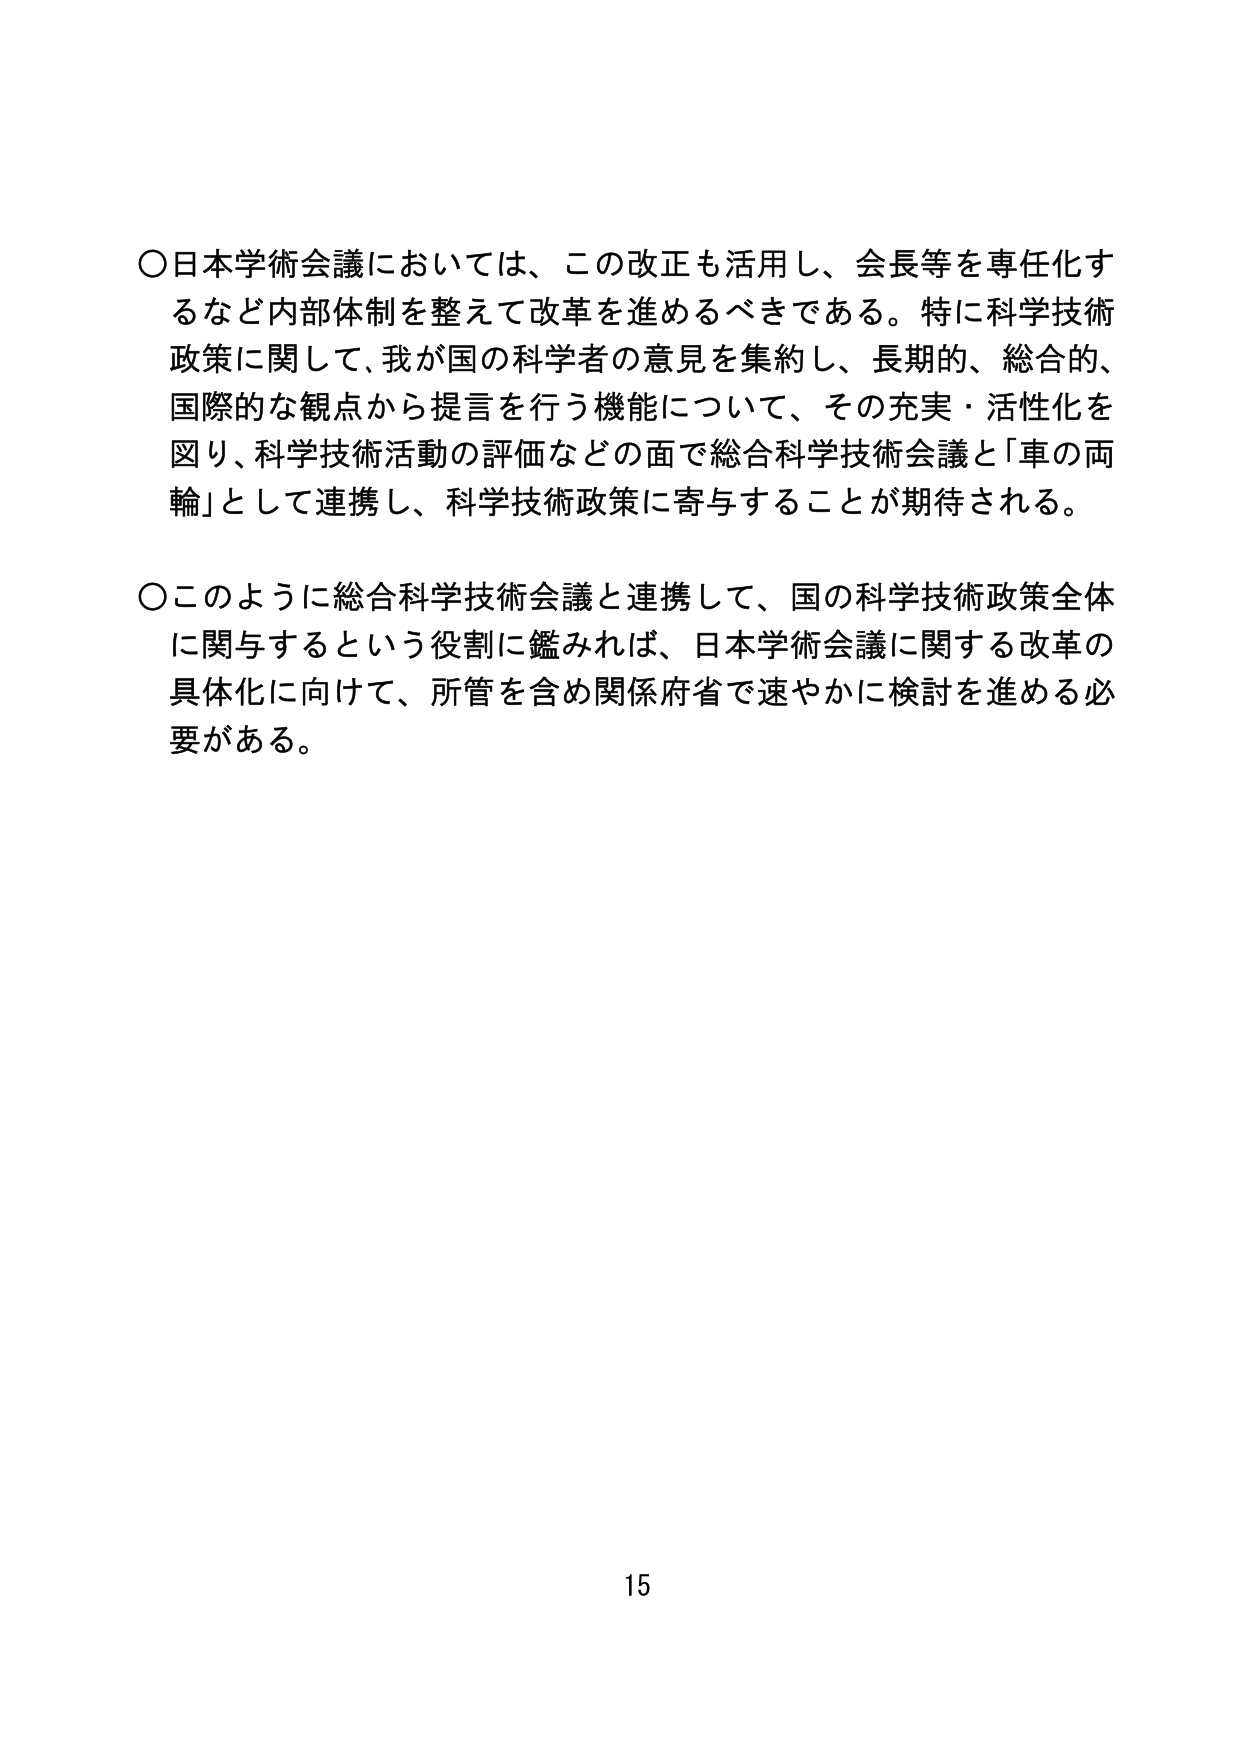
○日本学術会議においては、この改正も活用し、会長等を専任化するなど内部体制を整えて改革を進めるべきである。特に科学技術政策に関して、我が国の科学者の意見を集約し、長期的、総合的、国際的な観点から提言を行う機能について、その充実・活性化を図り、科学技術活動の評価などの面で総合科学技術会議と「車の両輪」として連携し、科学技術政策に寄与することが期待される。

○このように総合科学技術会議と連携して、国の科学技術政策全体に関与するという役割に鑑みれば、日本学術会議に関する改革の具体化に向けて、所管を含め関係府省で速やかに検討を進める必要がある。

15